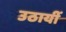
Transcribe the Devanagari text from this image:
उठायीं